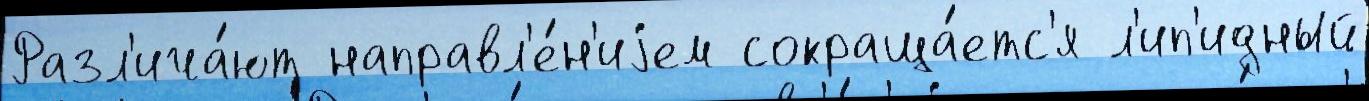
Разл'ича́ют направл'е́н'иjем сокраща́етс'я л'ип'идный